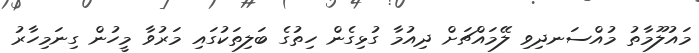
މައުލޫމާތު މުއްސަނދިވި ލޭމައްޗަށް ދިއުމާ ގުޅިގެން ހިތުގެ ބަލިތަކުގައި މަރުވާ މީހުން ގިނަމިހާރު